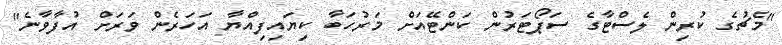
"މެޗުގެ ކުރިން ލެސްޓާގެ ސަޕޯޓަރުން ކަންޓޭއަށް މަރުހަބާ ކިޔައިފިއްޔާ އަހަރެން ވަރަށް އުފާވާނެ"